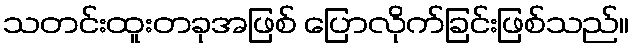
သတင်းထူးတခုအဖြစ် ပြောလိုက်ခြင်းဖြစ်သည်။